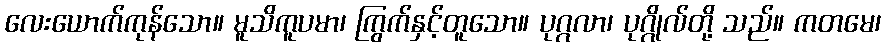
လေးယောက်ကုန်သော။ မူသိကူပမာ၊ ကြွက်နှင့်တူသော။ ပုဂ္ဂလာ၊ ပုဂ္ဂိုလ်တို့ သည်။ ကတမေ၊